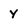
Character: y